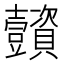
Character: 𧹌